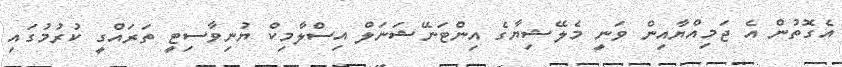
އެގޮތުން އެ ޖަމިއްޔާއިން ވަނީ މެލޭޝިޔާގެ އިންޓަނޭޝަނަލް އިސްލާމިކް ޔުނިވާސިޓީ ތަރައްގީ ކުރުމުގައި